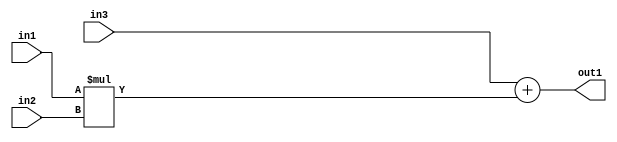
`timescale 1ps / 1ps
/*****************************************************************************
    Verilog RTL Description
    
    
    Created by: Stratus DpOpt 2019.1.01 
*******************************************************************************/

module st_weight_addr_gen_Add2Mul2u16u16u16_4_1 (
	in3,
	in2,
	in1,
	out1
	); /* architecture "behavioural" */ 
input [15:0] in3,
	in2,
	in1;
output [31:0] out1;
wire [31:0] asc001;

wire [31:0] asc001_tmp_0;
assign asc001_tmp_0 = 
	+(in3);
assign asc001 = asc001_tmp_0
	+(in1 * in2);

assign out1 = asc001;
endmodule

/* CADENCE  ubn1TgA= : u9/ySgnWtBlWxVPRXgAZ4Og= ** DO NOT EDIT THIS LINE ******/